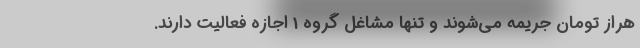
هراز تومان جریمه می‌شوند و تنها مشاغل گروه 1 اجازه فعالیت دارند.